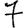
Digit: 7